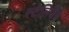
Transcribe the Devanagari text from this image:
स्टेलिजेन